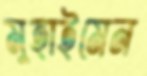
মুহাইমেন